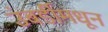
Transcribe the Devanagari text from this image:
उंबर्डीमधून